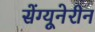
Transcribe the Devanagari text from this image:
सेंग्यूनेरीन